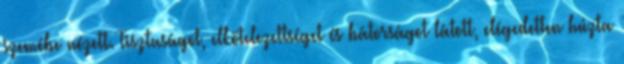
szemébe nézett. Tisztaságot, elkötelezettséget és bátorságot látott, elégedetten húzta